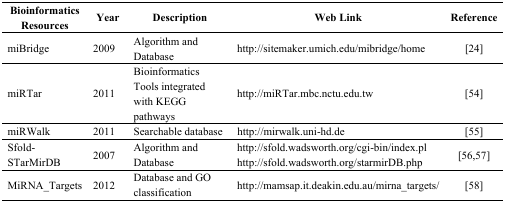
<table><thead><tr><td><b>Bioinformatics Resources</b></td><td><b>Year</b></td><td><b>Description</b></td><td><b>Web Link</b></td><td><b>Reference</b></td></tr></thead><tbody><tr><td>miBridge</td><td>2009</td><td>Algorithm and Database</td><td>http://sitemaker.umich.edu/mibridge/home</td><td>[24]</td></tr><tr><td>miRTar</td><td>2011</td><td>Bioinformatics Tools integrated with KEGG pathways</td><td>http://miRTar.mbc.nctu.edu.tw</td><td>[54]</td></tr><tr><td>miRWalk</td><td>2011</td><td>Searchable database</td><td>http://mirwalk.uni-hd.de</td><td>[55]</td></tr><tr><td>Sfold-STarMirDB</td><td>2007</td><td>Algorithm and Database</td><td>http://sfold.wadsworth.org/cgi-bin/index.plhttp://sfold.wadsworth.org/starmirDB.php</td><td>[56,57]</td></tr><tr><td>MiRNA_Targets</td><td>2012</td><td>Database and GO classification</td><td>http://mamsap.it.deakin.edu.au/mirna_targets/</td><td>[58]</td></tr></tbody></table>